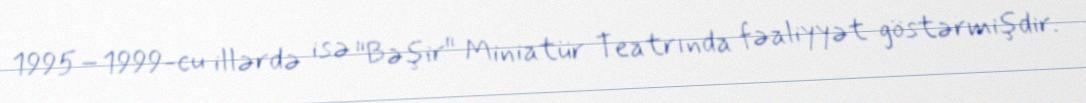
1995–1999-cu illərdə isə "Bəşir" Miniatür Teatrında fəaliyyət göstərmişdir.